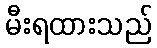
မီးရထားသည်